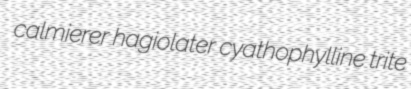
calmierer hagiolater cyathophylline trite